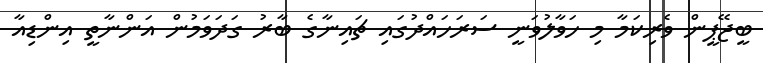
ބީޖޭޕީން ވެރިކަމާ މި ހަވާލުވަނީ ސަރަހައްދުގައި ޗައިނާގެ ބާރު ގަދަވަމުން އަންނާތީ އިންޑިއާ